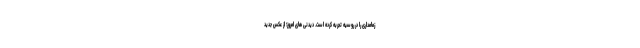
زمامداری را در روسیه تجربه کرده است. دیدنی های امروز؛ از عکس جدید